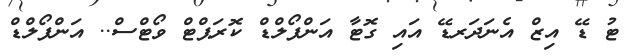
ޓު ޑޭ އިޒް އެނަދަރޑޭ އައި ގޮޓާ އަންފޯލްޑް ކޮރަޕްޓް ވޯޓްސް.. އަންފޯލްޑް